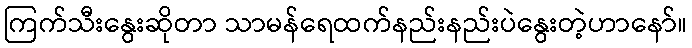
ကြက်သီးနွေးဆိုတာ သာမန်ရေထက်နည်းနည်းပဲနွေးတဲ့ဟာနော်။